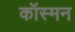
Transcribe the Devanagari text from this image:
कॉस्मन